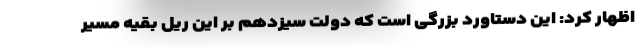
اظهار کرد: این دستاورد بزرگی است که دولت سیزدهم بر این ریل بقیه مسیر